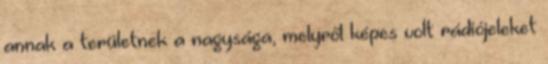
annak a területnek a nagysága, melyről képes volt rádiójeleket